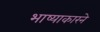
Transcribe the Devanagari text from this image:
भाष्याकारने